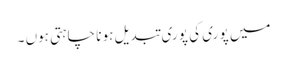
میں پو ری کی پو ری تبدیل ہو نا چاہتی ہوں ۔